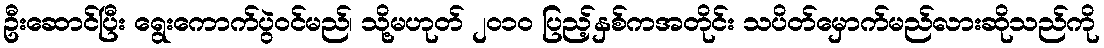
ဦးဆောင်ပြီး ရွေးကောက်ပွဲဝင်မည်၊ သို့မဟုတ် ၂၀၁၀ ပြည့်နှစ်ကအတိုင်း သပိတ်မှောက်မည်လားဆိုသည်ကို